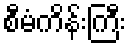
စီမံကိန်းကြီး